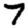
Digit: 7